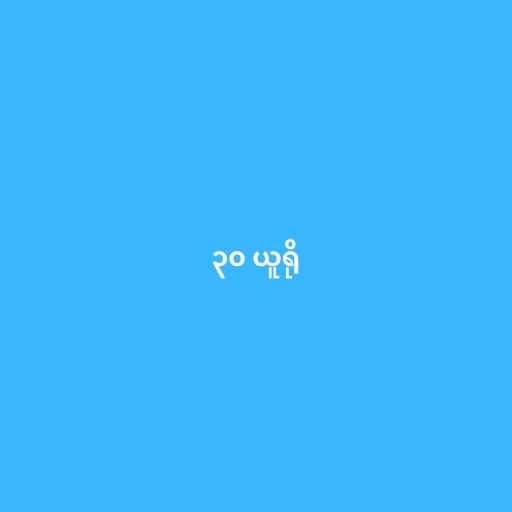
၃၀ ယူရို